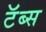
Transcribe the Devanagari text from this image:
टॅब्स